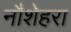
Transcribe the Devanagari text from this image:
नौशेहरा